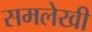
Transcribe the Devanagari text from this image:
समलेखी